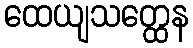
ထေယျသတ္ထေန